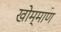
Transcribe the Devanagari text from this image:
खोम्माण